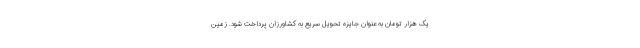
یک هزار تومان به عنوان جایزه تحویل سریع به کشاورزان پرداخت شود. زمین